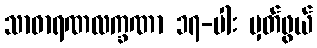
သာဓာရဏလက္ခဏာ ၁၇-ပါး မှတ်ဖွယ်